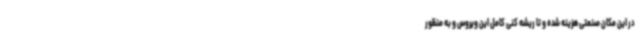
در این مکان صنعتی هزینه شده و تا ریشه کنی کامل این ویروس و به منظور